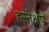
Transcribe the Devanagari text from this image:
हस्तेक्षप